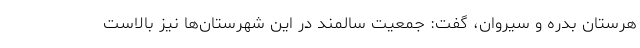
هرستان بدره و سیروان، گفت: جمعیت سالمند در این شهرستان‌ها نیز بالاست